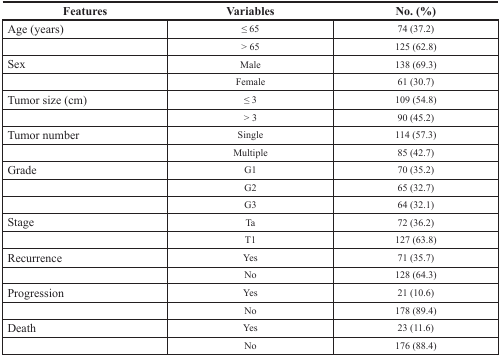
| Features | Variables | No. (%) |
 | --- | --- | --- |
 | Age (years) | ≤ 65 | 74 (37.2) |
 |  | > 65 | 125 (62.8) |
 | Sex | Male | 138 (69.3) |
 |  | Female | 61 (30.7) |
 | Tumor size (cm) | ≤ 3 | 109 (54.8) |
 |  | > 3 | 90 (45.2) |
 | Tumor number | Single | 114 (57.3) |
 |  | Multiple | 85 (42.7) |
 | Grade | G1 | 70 (35.2) |
 |  | G2 | 65 (32.7) |
 |  | G3 | 64 (32.1) |
 | Stage | Ta | 72 (36.2) |
 |  | T1 | 127 (63.8) |
 | Recurrence | Yes | 71 (35.7) |
 |  | No | 128 (64.3) |
 | Progression | Yes | 21 (10.6) |
 |  | No | 178 (89.4) |
 | Death | Yes | 23 (11.6) |
 |  | No | 176 (88.4) |